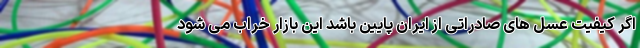
اگر کیفیت عسل های صادراتی از ایران پایین باشد این بازار خراب می شود